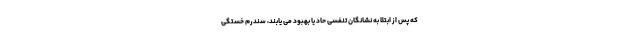
که پس از ابتلا به نشانگان تنفسی حاد یا بهبود می یابند، سندرم خستگی